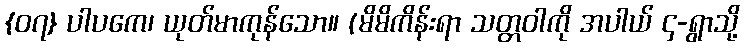
{၀၇} ပါပကေ၊ ယုတ်မာကုန်သော။ (မိမိကိန်းရာ သတ္တဝါကို အပါယ် ၄-ရွာသို့